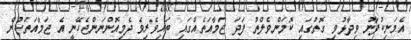
އެމަނިކުފާނު ވިދާޅުވި ގޮތުގައި ކޮމަންވެލްތު ފަދަ ޖަމާއަތެއްގައި ބައިވެރިވެ ދެމިއޮންނަންޖެހޭނީ އެ ޖަމާއަތަކުން